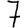
Digit: 7